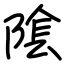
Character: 隂